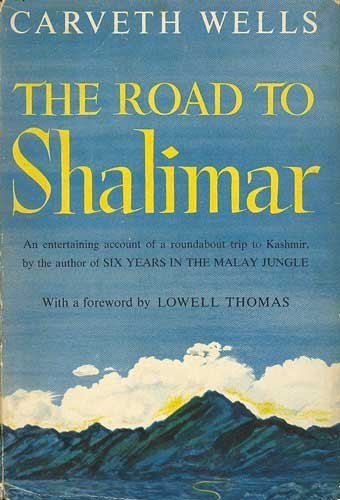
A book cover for The road to Shalimar; Carveth Wells; Travel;